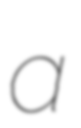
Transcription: a